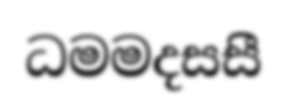
ධමමදසසී